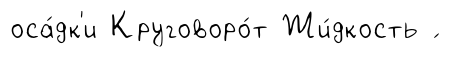
оса́дк'и Круговоро́т Жи́дкость ́